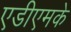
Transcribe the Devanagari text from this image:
एडीएमके